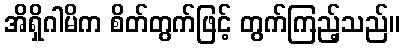
အိရှိဂါမိက စိတ်တွက်ဖြင့် တွက်ကြည့်သည်။